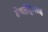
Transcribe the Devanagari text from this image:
बेथलेहेमसह